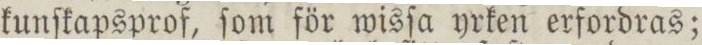
kunſkapsprof, ſom för wisſa yrken erfordras;